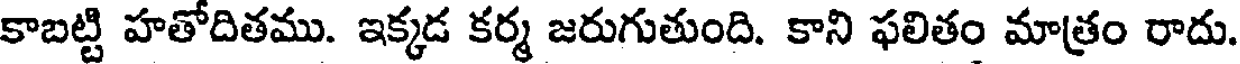
కాబట్టి హతోదితము. ఇక్కడ కర్మ జరుగుతుంది. కాని ఫలితం మాత్రం రాదు.